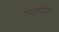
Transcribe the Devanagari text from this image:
रेस्पॉन्डर